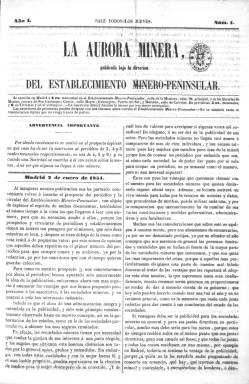
Título: La Aurora minera
Otros títulos: La Aurora
Colección: Industria
Ámbito geográfico: Madrid
Lugar de publicación: Madrid
Fechas: 02/01/1851-12/03/1854